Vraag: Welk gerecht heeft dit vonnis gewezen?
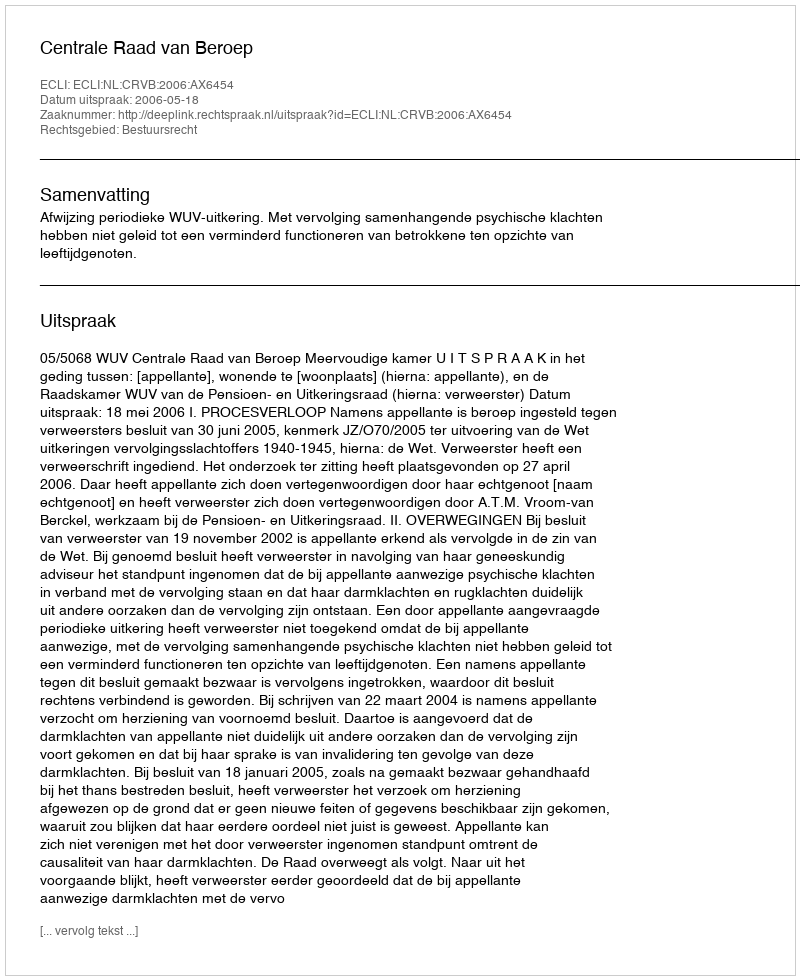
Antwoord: Centrale Raad van Beroep